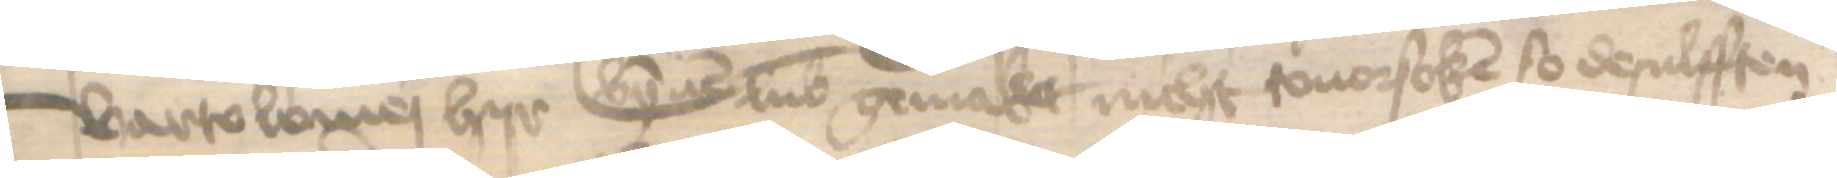
Bartolomej hyr bynnen Lubek gemaket nicht touorsoken so desulfften